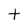
Character: t